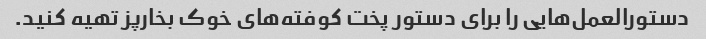
دستورالعمل‌هایی را برای دستور پخت کوفته‌های خوک بخارپز تهیه کنید.